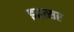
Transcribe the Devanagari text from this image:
इद्वत्सर